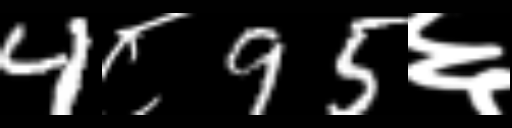
Text: 4८95६